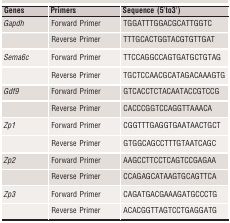
| Genes | Primers | Sequence (5′to3′) |
 | --- | --- | --- |
 | Gapdh | Forward Primer | TGGATTTGGACGCATTGGTC |
 |  | Reverse Primer | TTTGCACTGGTACGTGTTGAT |
 | Sema6c | Forward Primer | TTCCAGGCCAGTGATGCTGTAG |
 |  | Reverse Primer | TGCTCCAACGCATAGACAAAGTG |
 | Gdf9 | Forward Primer | GTCACCTCTACAATACCGTCCG |
 |  | Reverse Primer | CACCCGGTCCAGGTTAAACA |
 | Zp1 | Forward Primer | CGGTTTGAGGTGAATAACTGCT |
 |  | Reverse Primer | GTGGCAGCCTTTGTAATCAGC |
 | Zp2 | Forward Primer | AAGCCTTCCTCAGTCCGAGAA |
 |  | Reverse Primer | CCAGAGCATAAGTGCAGTTCA |
 | Zp3 | Forward Primer | CAGATGACGAAAGATGCCCTG |
 |  | Reverse Primer | ACACGGTTAGTCCTGAGGATG |